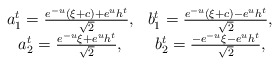
\begin{align*} \begin{matrix}a^t_1 = \frac{ e^{-u} (\xi+c)+e^{u} h^t }{\sqrt{2}}, & b^t_1 = \frac{ e^{-u} (\xi+c) - e^{u} h^t}{\sqrt{2}},\\a^t_2 = \frac{ e^{-u} \xi+e^{u} h^t }{\sqrt{2}}, & b^t_2 = \frac{ -e^{-u} \xi - e^{u} h^t}{\sqrt{2}},\\\end{matrix}\end{align*}